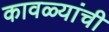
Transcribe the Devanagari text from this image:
कावळ्यांची